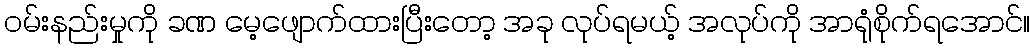
ဝမ်းနည်းမှုကို ခဏ မေ့ဖျောက်ထားပြီးတော့ အခု လုပ်ရမယ့် အလုပ်ကို အာရုံစိုက်ရအောင်။